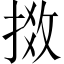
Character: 𢯧